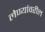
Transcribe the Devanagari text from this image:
लेण्यांवरील